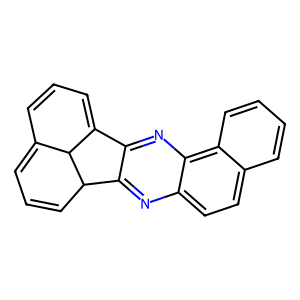
SMILES: C1=CC2=CC=CC3c4nc5ccc6ccccc6c5nc4C(=C1)C23
Inhibits HIV replication: No